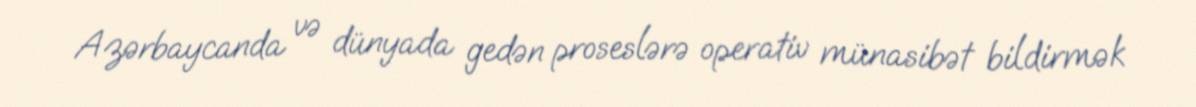
Azərbaycanda və dünyada gedən proseslərə operativ münasibət bildirmək